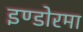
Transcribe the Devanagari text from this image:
इण्डोरमा